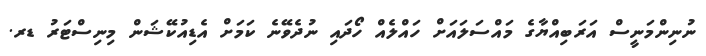
ނުނިންމަނީސް އަރަބިއްޔާގެ މައްސަލައަށް ހައްލެއް ހޯދައި ނުދެވޭނެ ކަމަށް އެޑިއުކޭޝަން މިނިސްޓަރު ޑރ.